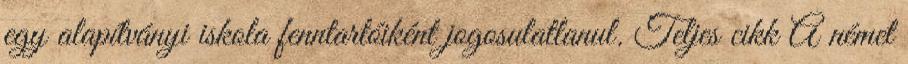
egy alapítványi iskola fenntartóiként jogosulatlanul. Teljes cikk A német